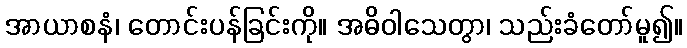
အာယာစနံ၊ တောင်းပန်ခြင်းကို။ အဓိဝါသေတွာ၊ သည်းခံတော်မူ၍။